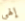
إلهي